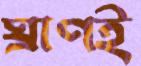
ঘ্রাণই